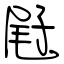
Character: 屘